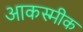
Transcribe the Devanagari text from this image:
आकस्मीक